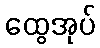
ထွေအုပ်